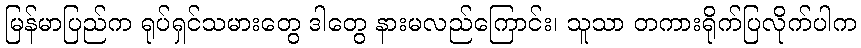
မြန်မာပြည်က ရုပ်ရှင်သမားတွေ ဒါတွေ နားမလည်ကြောင်း၊ သူသာ တကားရိုက်ပြလိုက်ပါက